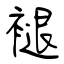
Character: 褪